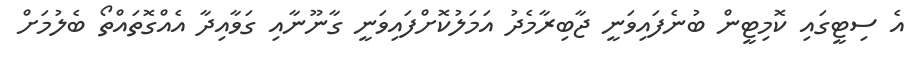
އެ ސިޓީގައި ކޮމިޓީން ބުނެފައިވަނީ ޖާބިރާމެދު އަމަލުކޮށްފައިވަނީ ގާނޫނާއި ގަވާއިދާ އެއްގޮތައްތޯ ބެލުމަށް